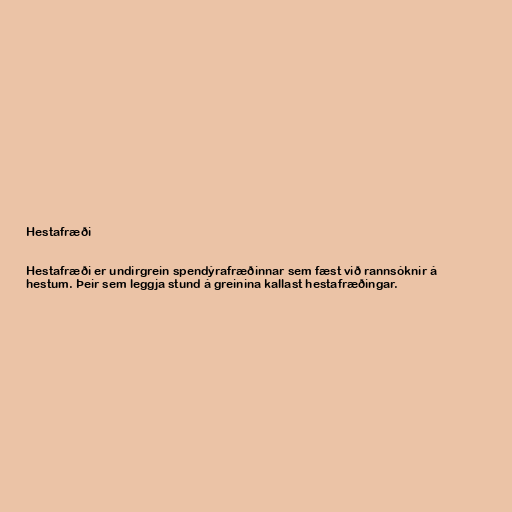
Hestafræði

Hestafræði er undirgrein spendýrafræðinnar sem fæst við rannsóknir á
hestum. Þeir sem leggja stund á greinina kallast hestafræðingar.